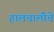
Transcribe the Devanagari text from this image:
हालचालीचे